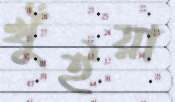
খুঁইয়া